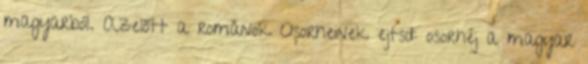
magyarból. Azelőtt a románok Oșorheinek ejtsd: osorhéj a magyar